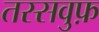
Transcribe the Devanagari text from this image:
तस्सवुफ़